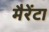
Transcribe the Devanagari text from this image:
मैरेंटा